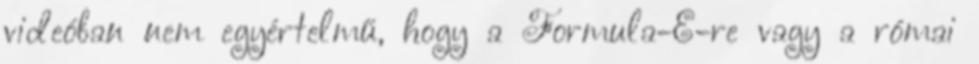
videóban nem egyértelmű, hogy a Formula-E-re vagy a római